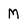
Character: M